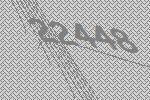
22448